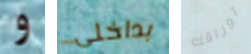
و بداخلي أوراقك